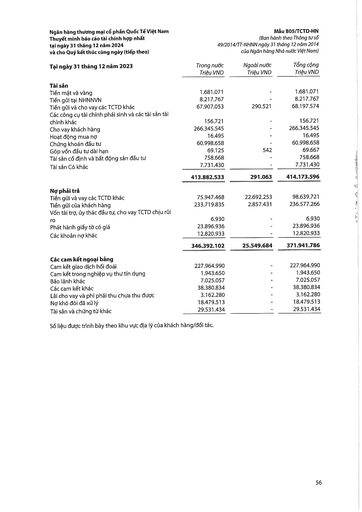
|Tại ngày 31 tháng 12 năm 2023|Trong nước Triệu VND|Ngoài nước Triệu VND|Tổng cộng Triệu VND| |---|---|---|---| |Tài sản|||| |Tiền mặt và vàng|1.681.071|-|1.681.071| |Tiền gửi tại NHNNVN|8.217.767|-|8.217.767| |Tiền gửi và cho vay các TCTD khác|67.907.053|290.521|68.197.574| |Các công cụ tài chính phái sinh và các tài sản tài|||| |chính khác|156.721|-|156.721| |Cho vay khách hàng|266.345.545|-|266.345.545| |Hoạt động mua nợ|16.495|-|16.495| |Chứng khoán đầu tư|60.998.658|-|60.998.658| |Góp vốn đầu tư dài hạn|69.125|542|69.667| |Tài sản cố định và bất động sản đầu tư|758.668|-|758.668| |Tài sản có khác|7.731.430|-|7.731.430| ||413.882.533|291.063|414.173.596| |Nợ phải trả|||| |Tiền gửi và vay các TCTD khác|75.947.468|22.692.253|98.639.721| |Tiền gửi của khách hàng|233.719.835|2.857.431|236.577.266| |Vốn tài trợ, ủy thác đầu tư, cho vay TCTD chịu rủi|||| |ro|6.930|-|6.930| |Phát hành giấy tờ có giá|23.896.936|-|23.896.936| |Các khoản nợ khác|12.820.933|-|12.820.933| ||346.392.102|25.549.684|371.941.786| |Các cam kết ngoại bảng|||| |Cam kết giao dịch hối đoái|227.964.990|-|227.964.990| |Cam kết trong nghiệp vụ thư tín dụng|1.943.650|-|1.943.650| |Bảo lãnh khác|7.025.057|-|7.025.057| |Các cam kết khác|38.380.834|-|38.380.834| |Lãi cho vay và phí phải thu chưa thu được|3.162.280|-|3.162.280| |Nợ khó đòi đã xử lý|18.479.513|-|18.479.513| |Tài sản và chứng từ khác|29.531.434|-|29.531.434|